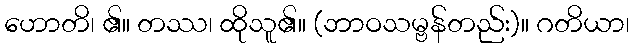
ဟောတိ၊ ၏။ တဿ၊ ထိုသူ၏။ (ဘာဝသမ္ဗန်တည်း)။ ဂတိယာ၊